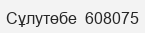
Сұлутөбе  608075